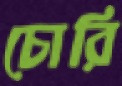
চোরি